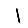
Digit: 1